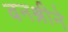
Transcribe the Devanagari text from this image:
वनश्रीने